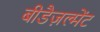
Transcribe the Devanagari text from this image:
बीडैज़ल्मेंट